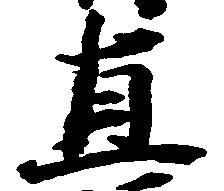
直